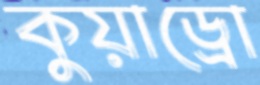
কুয়াড্রো